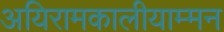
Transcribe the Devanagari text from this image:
अयिरामकालीयाम्मन